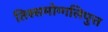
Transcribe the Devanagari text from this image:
तिस्समोग्गलिपुत्त